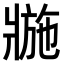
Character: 𤖌